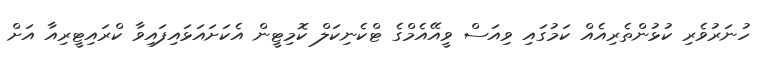
ހުނަރުވެރި ކުޅުންތެރިއެއް ކަމުގައި ވިއަސް ވީއޭއެމްގެ ޓްކެނިކަލް ކޮމިޓީން އެކަށައަޅައިފައިވާ ކްރައިޓީރިއާ އަށް